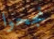
نجحوا